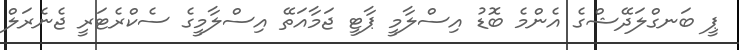
ޕީ ބަނގްލަދޭޝްގެ އެންމެ ބޮޑު އިސްލާމީ ޕާޓީ ޖަމާއަތޭ އިސްލާމީގެ ސެކްރެޓަރީ ޖެނެރަލް